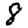
Digit: 8